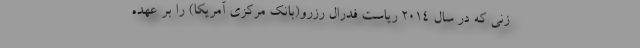
زنی که در سال ۲۰۱۴ ریاست فدرال رزرو(بانک مرکزی آمریکا) را بر عهده